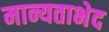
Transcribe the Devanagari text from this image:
मान्यताभेद